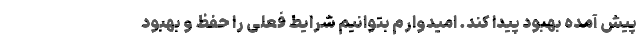
پیش آمده بهبود پیدا کند. امیدوارم بتوانیم شرایط فعلی را حفظ و بهبود